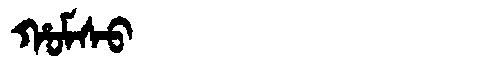
Manchu: ᡥᠣᠮᠰᠣ
Romanization: HOMSO